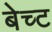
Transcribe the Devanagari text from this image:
बेच्ट